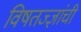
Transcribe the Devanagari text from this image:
विषतज्‍ज्ञांची